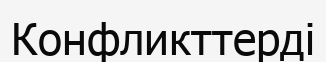
Конфликттерді